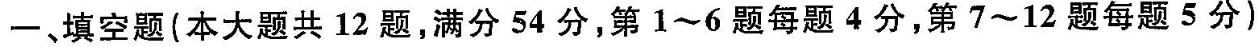
一、填空题(本大题共12题，满分 54 分，第1~6题每题 4 分，第7~12题每题5分)